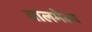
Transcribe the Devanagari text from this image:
बालमेला